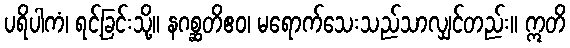
ပရိပါကံ၊ ရင့်ခြင်းသို့။ နဂစ္ဆတိဧဝ၊ မရောက်သေးသည်သာလျှင်တည်း။ ဣတိ